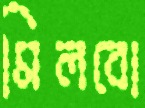
মিলবো